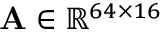
\mathbf { A } \in \mathbb { R } ^ { 6 4 \times 1 6 }